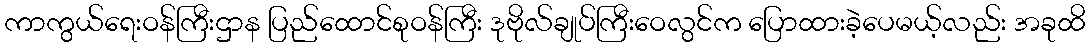
ကာကွယ်ရေးဝန်ကြီးဌာန ပြည်ထောင်စုဝန်ကြီး ဒုဗိုလ်ချုပ်ကြီးဝေလွင်က ပြောထားခဲ့ပေမယ့်လည်း အခုထိ